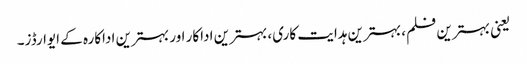
یعنی بہترین فلم، بہترین ہدایت کاری، بہترین اداکار اور بہترین اداکارہ کے ایوارڈز۔